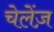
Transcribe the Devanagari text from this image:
चेलेंज़